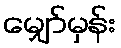
မျှော်မှန်း